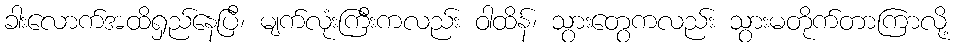
ခါးလောက်အထိရှည်နေပြီ၊ မျက်လုံးကြီးကလည်း ဝါထိန်၊ သွားတွေကလည်း သွားမတိုက်တာကြာလို့